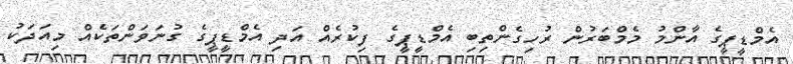
އެމްޑީޕީގެ އާންމު މެމްބަރުން ރުހިގެންތިބި އެމްޑީޕީގެ ފިކުރެއް އަދި އެމްޑީޕީގެ ގުނަވަންތަކެއް މިއަދަކު